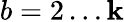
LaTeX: b=2\dots\mathbf{k}